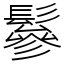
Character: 鬖